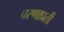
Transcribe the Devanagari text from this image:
चरणाप्रती